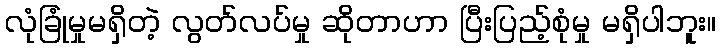
လုံခြုံမှုမရှိတဲ့ လွတ်လပ်မှု ဆိုတာဟာ ပြီးပြည့်စုံမှု မရှိပါဘူး။